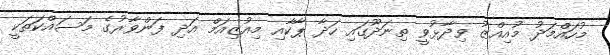
މުހައްމަދު މުއިއްޒު ވިދާޅުވީ ތިނަދޫގައި ހަދާ ޕާކާއި މިއުޒިއަމް އަދި ފަންވާރުގެ މަސައްކަތަކީ